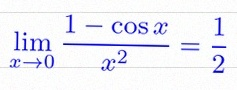
\lim_{x\to0}\frac{1-\cos x}{x^2}=\frac12